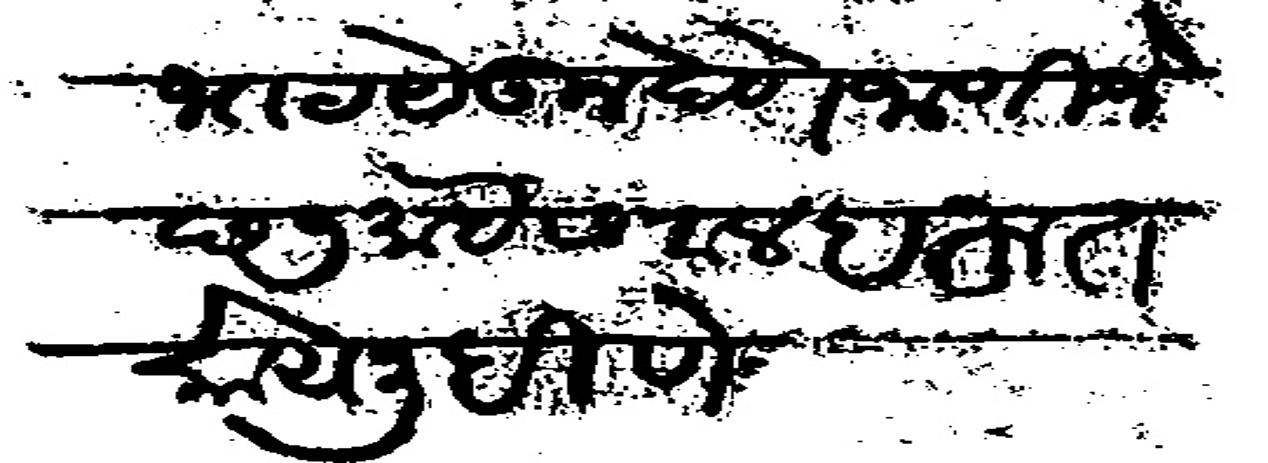
Transliteration (Devanagari): बोभाट येऊ न देणे जाणिजे छ ७ माहे सवाल बहुत काये लिहीणे